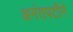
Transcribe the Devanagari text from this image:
अनंतपटीने